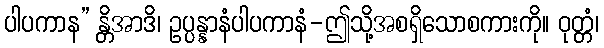
ပါပကာန” န္တိအာဒိ၊ ဥပ္ပန္နာနံပါပကာနံ-ဤသို့အစရှိသောစကားကို။ ဝုတ္တံ၊